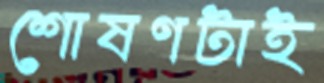
শোষণটাই